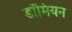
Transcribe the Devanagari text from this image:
डॉमियन